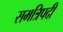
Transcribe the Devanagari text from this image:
समत्रिपदी